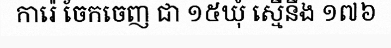
ការ៉េ ចែកចេញ ជា ១៥ឃុំ ស្មើនឹង ១៧៦